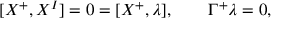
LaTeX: [ X ^ { + } , X ^ { I } ] = 0 = [ X ^ { + } , \lambda ] , \qquad \Gamma ^ { + } \lambda = 0 ,